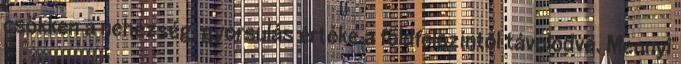
csökken a nehézségi gyorsulás értéke a földfelszíntől távolodva. Mennyi